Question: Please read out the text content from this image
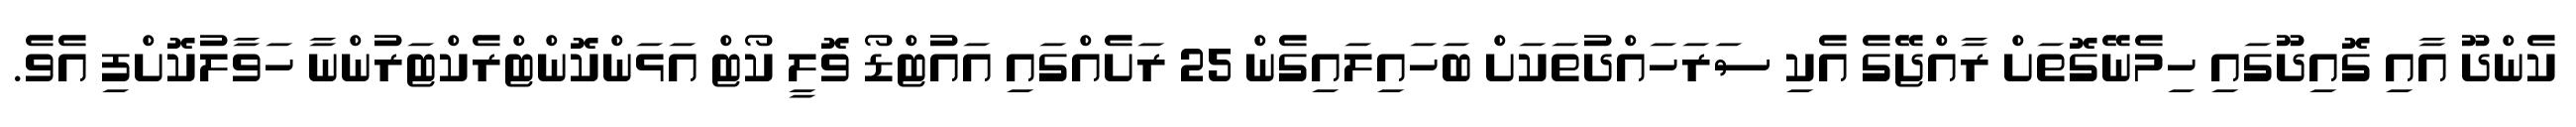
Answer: ކެންދޫ އާއި ގޮއިދޫގައި ހިމެނޭގޮތަށް ރާއްޖޭގެ އެކި ސަރަހައްދުތަކަށް ބަހައިލައިގެން 25 ރަށެއްގައި އައުޓްޑޯ ވޮލީ ކޯޓް އަޅަންކޮންޓްރެކްޓަރުންނާ ހަވާލުކޮށްފި އެވެ.